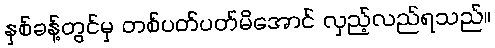
နှစ်ခန့်တွင်မှ တစ်ပတ်ပတ်မိအောင် လှည့်လည်ရသည်။